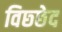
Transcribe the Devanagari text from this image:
विछ्छेद